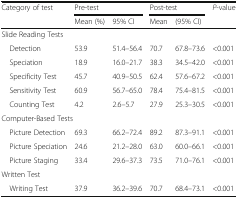
<table><thead><tr><td rowspan="2"><b>Category of test</b></td><td colspan="2"><b>Pre-test</b></td><td colspan="2"><b>Post-test</b></td><td rowspan="2"><b><i>P</i>-value</b></td></tr><tr><td><b>Mean (%)</b></td><td><b>95% CI</b></td><td><b>Mean</b></td><td><b>(95% CI)</b></td></tr></thead><tbody><tr><td colspan="6">Slide Reading Tests</td></tr><tr><td> Detection</td><td>53.9</td><td>51.4–56.4</td><td>70.7</td><td>67.8–73.6</td><td>&lt;0.001</td></tr><tr><td> Speciation</td><td>18.9</td><td>16.0–21.7</td><td>38.3</td><td>34.5–42.0</td><td>&lt;0.001</td></tr><tr><td> Specificity Test</td><td>45.7</td><td>40.9–50.5</td><td>62.4</td><td>57.6–67.2</td><td>&lt;0.001</td></tr><tr><td> Sensitivity Test</td><td>60.9</td><td>56.7–65.0</td><td>78.4</td><td>75.4–81.5</td><td>&lt;0.001</td></tr><tr><td> Counting Test</td><td>4.2</td><td>2.6–5.7</td><td>27.9</td><td>25.3–30.5</td><td>&lt;0.001</td></tr><tr><td colspan="6">Computer-Based Tests</td></tr><tr><td> Picture Detection</td><td>69.3</td><td>66.2–72.4</td><td>89.2</td><td>87.3–91.1</td><td>&lt;0.001</td></tr><tr><td> Picture Speciation</td><td>24.6</td><td>21.2–28.0</td><td>63.0</td><td>60.0–66.1</td><td>&lt;0.001</td></tr><tr><td> Picture Staging</td><td>33.4</td><td>29.6–37.3</td><td>73.5</td><td>71.0–76.1</td><td>&lt;0.001</td></tr><tr><td colspan="6">Written Test</td></tr><tr><td> Writing Test</td><td>37.9</td><td>36.2–39.6</td><td>70.7</td><td>68.4–73.1</td><td>&lt;0.001</td></tr></tbody></table>